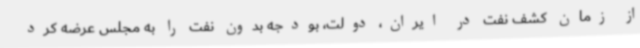
از زمان کشف نفت در ایران، دولت، بودجه بدون نفت را به مجلس عرضه کرد